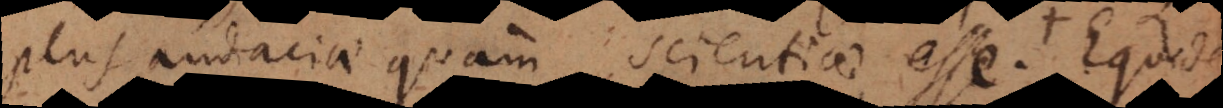
plus audaciae quam scientiae esse. Equid